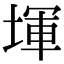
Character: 堚